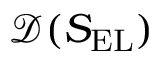
\mathcal { D } ( S _ { \mathrm { E L } } )